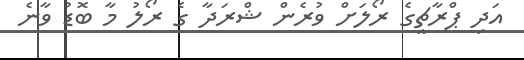
އަދި ޕްރާޗީގެ ރޯލަށް ވުރެން ޝްރަދާ ގެ ރޯލު މާ ބޮޑު ވާނެ